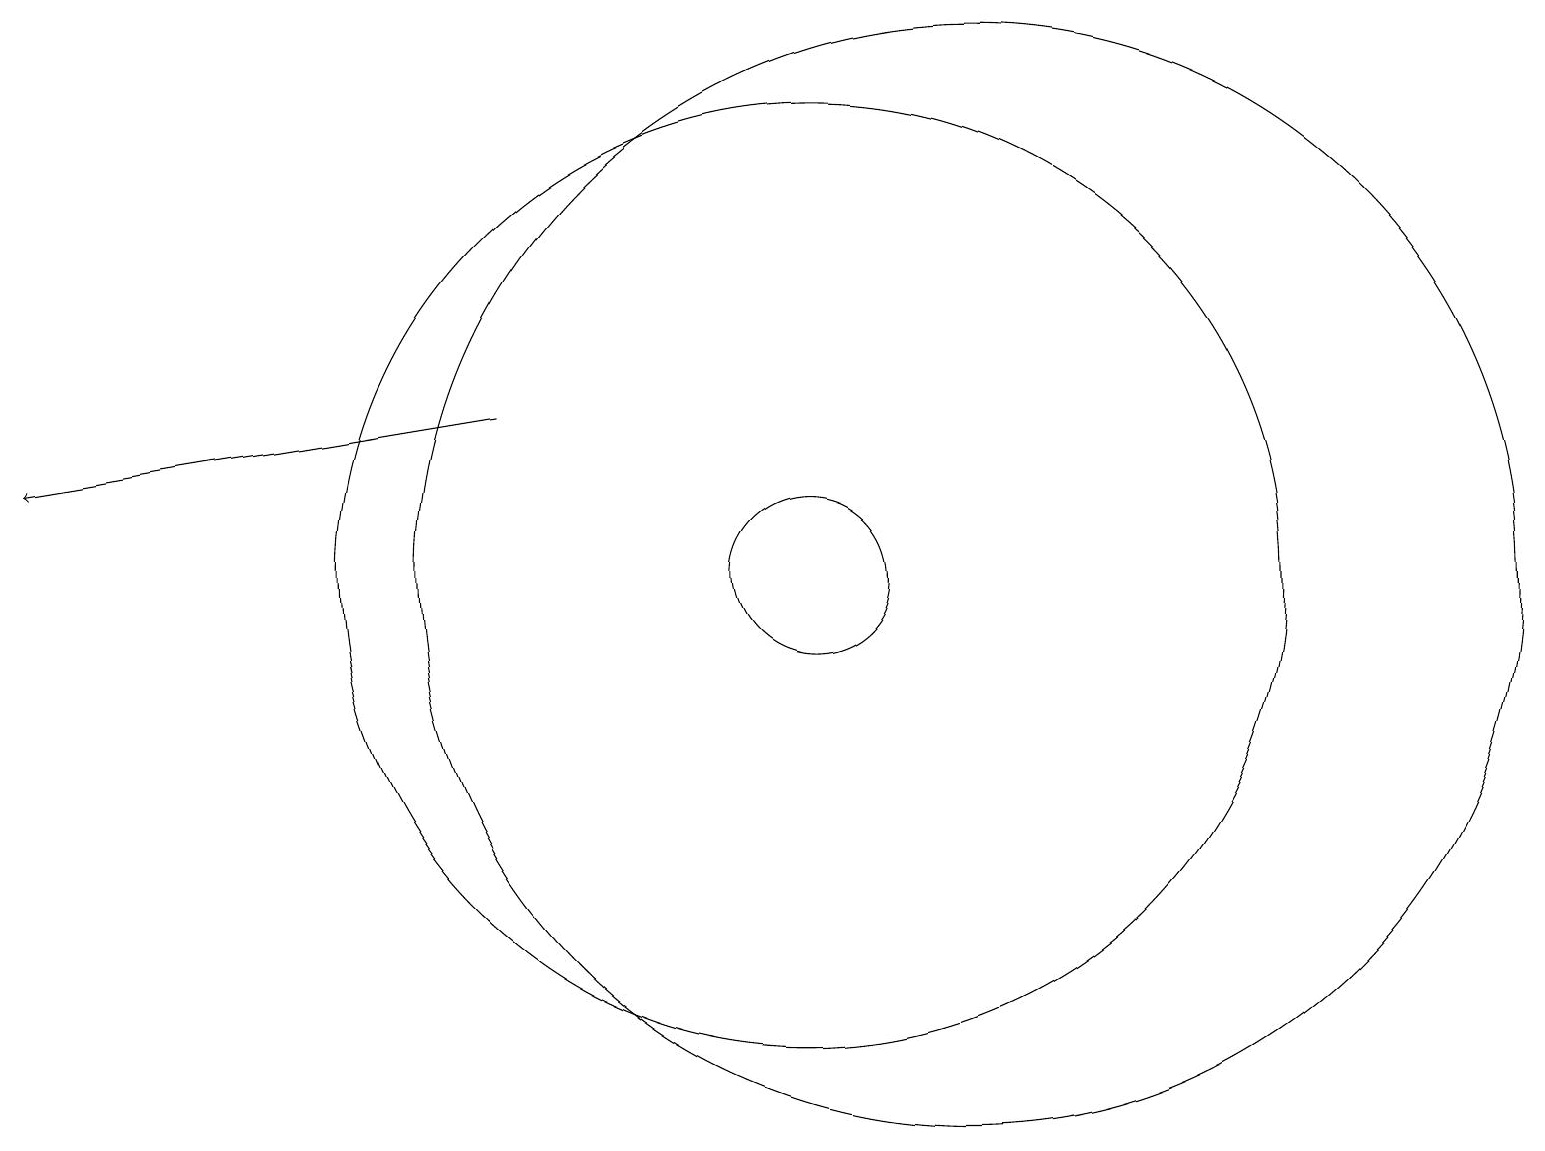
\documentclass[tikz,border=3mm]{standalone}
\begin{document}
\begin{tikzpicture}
\draw (10,10) circle (1);
\draw[->] (6,12) -- (0,11);
\draw (12,10) circle (7);
\draw (10,10) circle (6);
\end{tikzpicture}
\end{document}